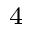
^ 4